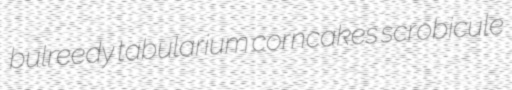
bulreedy tabularium corncakes scrobicule